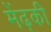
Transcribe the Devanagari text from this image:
मेंढ़की